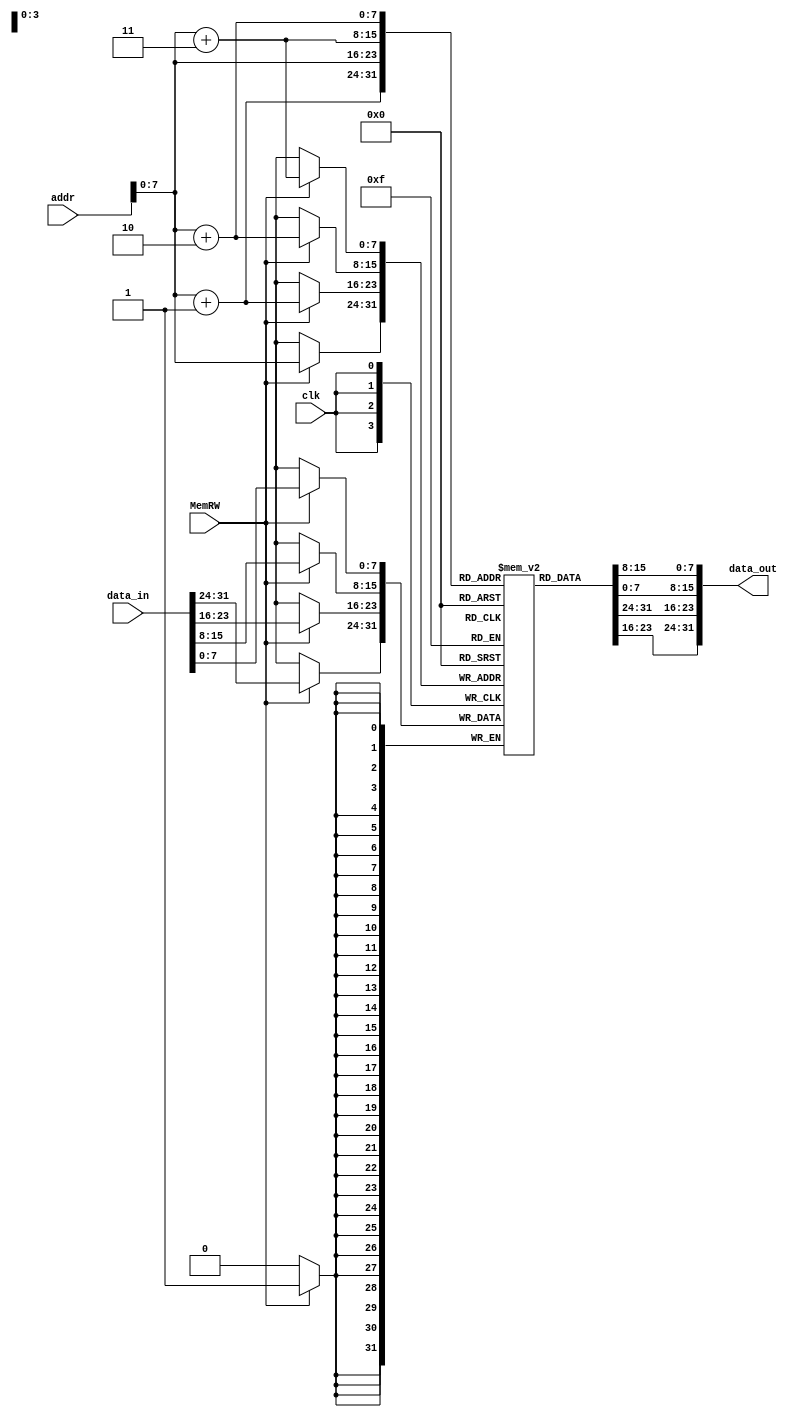
//    name    = DMEM.v
//    author  = Sharafat Hussain
//    email   = sharafat.hussain@10xengineers.ai
//    purpose = Async read and sync write.

// `include "../defines.vh"

module DMEM
    `ifdef CUSTOM_DEFINE
        #(
            parameter   DMEM_ADDR_WIDTH = `DMEM_ADDR_WIDTH,
                        DMEM_DATA_WIDTH = `DMEM_DATA_WIDTH,
                        DMEM_WIDTH = `DMEM_WIDTH,
                        DMEM_DEPTH = `DMEM_DEPTH
        )
    `else
        #(
            parameter   DMEM_ADDR_WIDTH = 32,
                        DMEM_DATA_WIDTH = 32,
                        DMEM_WIDTH = 8,
                        DMEM_DEPTH = 256
        )
    `endif
         
(
    input clk,
    input MemRW,
    input   [DMEM_ADDR_WIDTH-1:0]  addr,
    input   [DMEM_DATA_WIDTH-1:0]  data_in,
    output  [DMEM_DATA_WIDTH-1:0]  data_out
);
    
    reg [DMEM_WIDTH-1:0] dmem [DMEM_DEPTH-1:0];     // 8 x 256 memory
    
    // asynchronus read of 32 bit data from byte align memory
    assign data_out = { dmem[addr], dmem[addr+1], dmem[addr+2], dmem[addr+3] };  

    always @(posedge clk) begin
        if (MemRW == 1'b1)
            { dmem[addr], dmem[addr+1], dmem[addr+2], dmem[addr+3] } <= data_in;
    end

endmodule